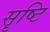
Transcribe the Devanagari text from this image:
सॄष्टि